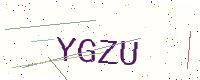
Text: YGZU